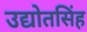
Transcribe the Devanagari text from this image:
उद्योतसिंह